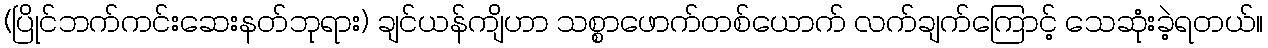
(ပြိုင်ဘက်ကင်းဆေးနတ်ဘုရား) ချင်ယန်ကျိဟာ သစ္စာဖောက်တစ်ယောက် လက်ချက်ကြောင့် သေဆုံးခဲ့ရတယ်။